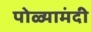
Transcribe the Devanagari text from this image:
पोळ्यामंदी